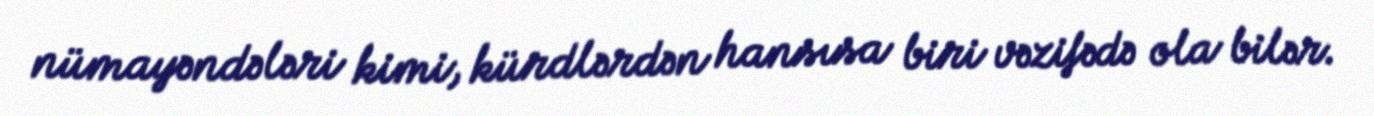
nümayəndələri kimi, kürdlərdən hansısa biri vəzifədə ola bilər.